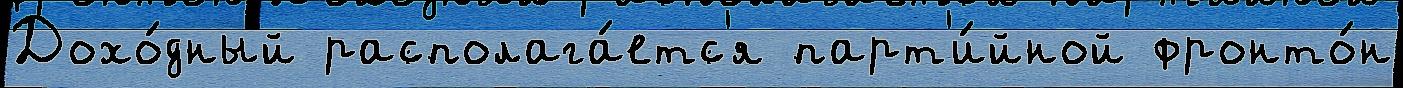
Дохо́дный располага́етс'я парт'и́йной фронто́н